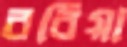
বরিয়া